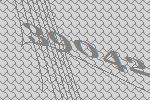
39042